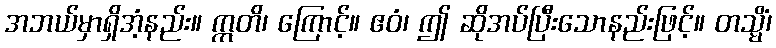
အဘယ်မှာရှိအံ့နည်း။ ဣတိ၊ ကြောင့်။ ဧဝံ၊ ဤ ဆိုအပ်ပြီးသောနည်းဖြင့်။ တသ္မိံ၊